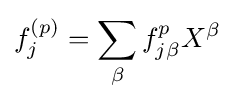
f_{j}^{(p)}=\sum _{\beta }f_{j\beta }^{p}X^{\beta }